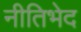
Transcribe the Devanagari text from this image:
नीतिभेद